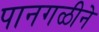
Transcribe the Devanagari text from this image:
पानगळीने